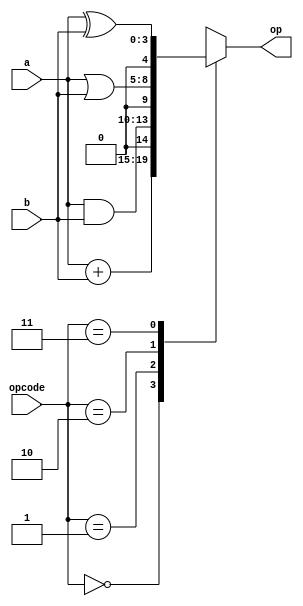
`timescale 1ns / 1ps

// Module Name: ALU_4_Bit

//////////////////////////////////////////////////////////////////////////////////


module ALU_4_Bit(
    input [3:0]a,
    input [3:0]b,
    input [1:0]opcode,
    output reg [4:0]op);
	 
	always @ (opcode, a, b)
        case(opcode)
                    2'd0: op = a + b;
                    2'd1: op = a & b;
                    2'd2: op = a | b;
                    2'd3: op = a ^ b;
        endcase
endmodule